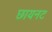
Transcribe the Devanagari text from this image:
छायनट